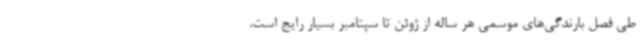
طی فصل بارندگی‌های موسمی هر ساله از ژوئن تا سپتامبر بسیار رایج است.